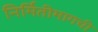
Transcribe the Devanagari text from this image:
निर्मितीमागची